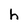
Character: h